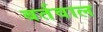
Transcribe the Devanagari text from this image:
बर्तवाल